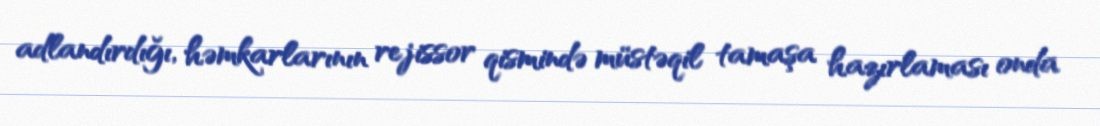
adlandırdığı, həmkarlarının rejissor qismində müstəqil tamaşa hazırlaması onda